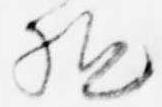
駆